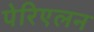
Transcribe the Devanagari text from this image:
पेरिएलन